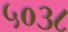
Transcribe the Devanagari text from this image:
५०३८